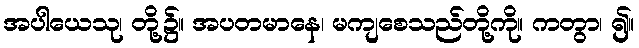
အပါယေသု၊ တို့၌။ အပတမာနေ၊ မကျစေသည်တို့ကို။ ကတွာ၊ ၍။